Indian journal of veterinary science and animal husbandry - Volume 6,
Year: 1936
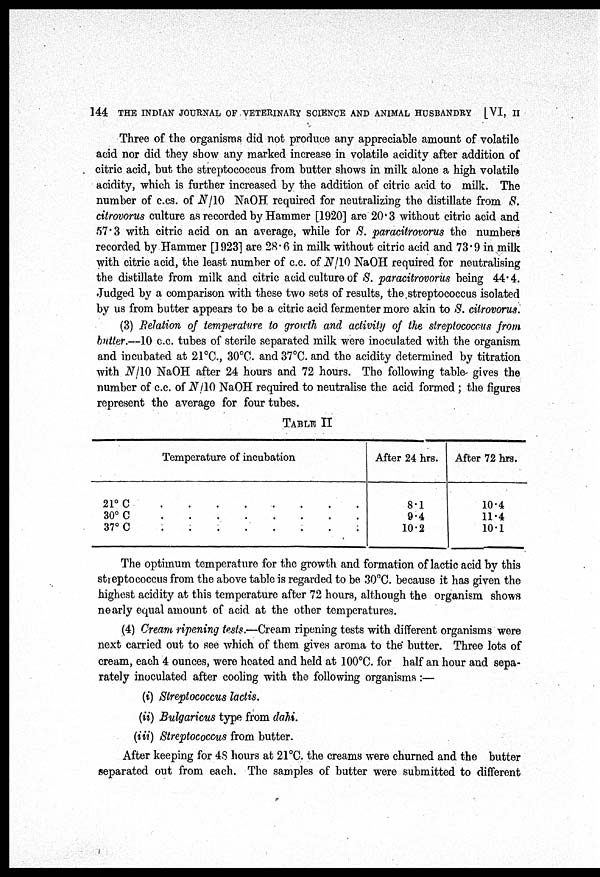
144 THE INDIAN JOURNAL OF VETERINARY SCIENCE AND ANIMAL HUSBANDRY [VI, II
Three of the organisms did not produce any appreciable amount of volatile
acid nor did they show any marked increase in volatile acidity after addition of
citric acid, but the streptococcus from butter shows in milk alone a high volatile
acidity, which is further increased by the addition of citric acid to milk. The
number of c.cs. of N/10 NaOH required for neutralizing the distillate from S.
citrovorus culture as recorded by Hammer [1920] are 20.3 without citric acid and
57.3 with citric acid on an average, while for S. paracitrovorus the numbers
recorded by Hammer [1923] are 28.6 in milk without citric acid and 73.9 in milk
with citric acid, the least number of c.c. of N/10 NaOH required for neutralising
the distillate from milk and citric acid culture of S. paracitrovorus being 44.4.
Judged by a comparison with these two sets of results, the streptococcus isolated
by us from butter appears to be a citric acid fermenter more akin to S. citrovorus.
(3) Relation of temperature to growth and activity of the streptococcus from
butter.—10 c.c. tubes of sterile separated milk were inoculated with the organism
and incubated at 21°C., 30°C. and 37°C. and the acidity determined by titration
with N/10 NaOH after 24 hours and 72 hours. The following table gives the
number of c.c. of N/10 NaOH required to neutralise the acid formed ; the figures
represent the average for four tubes.
TABLE II
Temperature of incubation
21°C . . . . . . . .
30°C . . . . . . . .
37°C . . . . . . . .
After 24 hrs.
8.1
9.4
10.2
After 72 hrs.
10.4
11.4
10.1
The optimum temperature for the growth and formation of lactic acid by this
streptococcus from the above table is regarded to be 30°C. because it has given the
highest acidity at this temperature after 72 hours, although the organism shows
nearly equal amount of acid at the other temperatures.
(4) Cream ripening tests.—Cream ripening tests with different organisms were
next carried out to see which of them gives aroma to the butter. Three lots of
cream, each 4 ounces, were heated and held at 100°C. for half an hour and sepa-
rately inoculated after cooling with the following organisms :—
(i) Streptococcus lactis.
(ii) Bulgaricus type from dahi.
(iii) Streptococcus from butter.
After keeping for 48 hours at 21°C. the creams were churned and the butter
separated out from each. The samples of butter were submitted to different